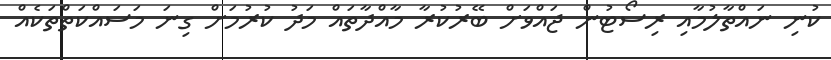
ކުނި ނައްތާލުމާއި ރިސޯޓުން ޖައްވަށް ބޭރުކުރާ މާއްދާތައް މަދު ކުރުމަށް ގިނަ މަސައްކަތްތަކެއް